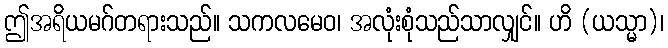
ဤအရိယမဂ်တရားသည်။ သကလမေဝ၊ အလုံးစုံသည်သာလျှင်။ ဟိ (ယသ္မာ)၊